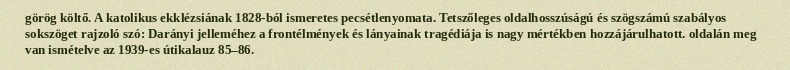
görög költő. A katolikus ekklézsiának 1828-ból ismeretes pecsétlenyomata. Tetszőleges oldalhosszúságú és szögszámú szabályos sokszöget rajzoló szó: Darányi jelleméhez a frontélmények és lányainak tragédiája is nagy mértékben hozzájárulhatott. oldalán meg van ismételve az 1939-es útikalauz 85–86.